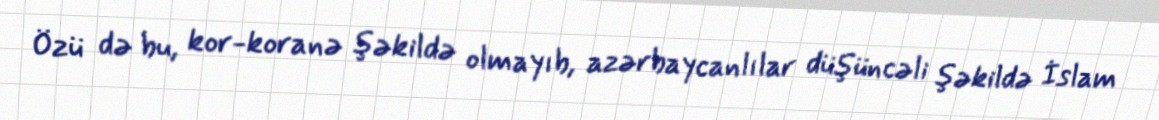
Özü də bu, kor-koranə şəkildə olmayıb, azərbaycanlılar düşüncəli şəkildə İslam